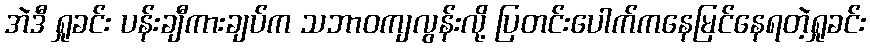
အဲဒီ ရှုခင်း ပန်းချီကားချပ်က သဘာဝကျလွန်းလို့ ပြတင်းပေါက်ကနေမြင်နေရတဲ့ရှုခင်း